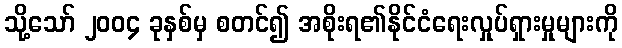
သို့သော် ၂၀၀၄ ခုနှစ်မှ စတင်၍ အစိုးရ၏နိုင်ငံရေးလှုပ်ရှားမှုများကို